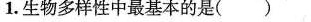
1.生物多样性中最基本的是()